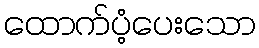
ထောက်ပံ့ပေးသော